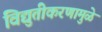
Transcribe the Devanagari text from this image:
विद्युतीकरणामुळे